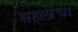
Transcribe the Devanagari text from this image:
सहलीचा